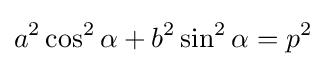
a^{2}\cos ^{2}\alpha +b^{2}\sin ^{2}\alpha =p^{2}